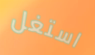
استغل